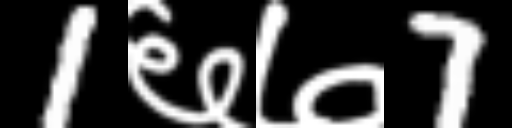
Text: 1६७7